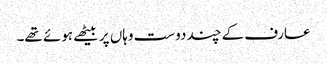
عارف کے چند دوست وہاں پر بیٹھے ہوئے تھے۔